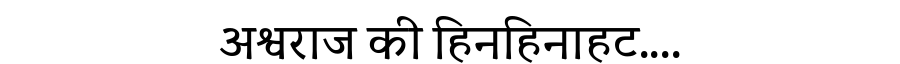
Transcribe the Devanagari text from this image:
अश्वराज की हिनहिनाहट....